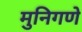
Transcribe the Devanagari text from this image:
मुनिगणे